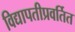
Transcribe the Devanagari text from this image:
विद्यापतीप्रवर्तित